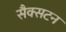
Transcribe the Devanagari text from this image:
सैक्सटन